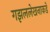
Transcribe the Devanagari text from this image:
गझललेखनाकडे